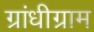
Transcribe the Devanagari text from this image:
ग्रांधीग्राम